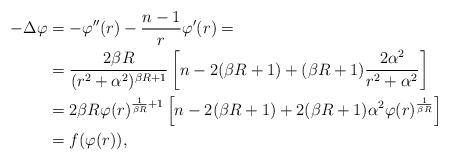
LaTeX: \begin{align*} -\Delta \varphi&=-\varphi''(r)-\dfrac{n-1}{r}\varphi'(r)=\\ &=\dfrac{2\beta R}{(r^2+\alpha^2)^{\beta R+1}}\left[n-2(\beta R+1)+(\beta R+1)\dfrac{2\alpha^2}{r^2+\alpha^2}\right]\\&=2\beta R\varphi(r)^{\frac{1}{\beta R}+1}\left[n-2(\beta R+1)+ 2(\beta R+1)\alpha^2\varphi(r)^{\frac{1}{\beta R}}\right]\\&=f(\varphi(r)),\end{align*}